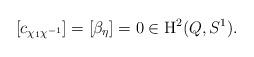
LaTeX: \begin{align*}\left[c_{\chi_1 \chi^{-1}}\right] = \left[\beta_\eta\right] = 0 \in \mathrm{H}^2(Q,S^1).\end{align*}